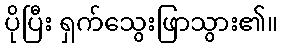
ပိုပြီး ရှက်သွေးဖြာသွား၏။